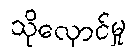
သိုလှောင်မှု